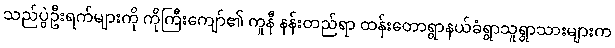
သည်ပွဲဦးရက်များကို ကိုကြီးကျော်၏ ကူနီ နန်းတည်ရာ ထန်းတောရွာနယ်ခံရွာသူရွာသားများက